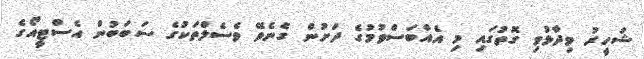
ޝަހީރު ވިދާޅުވި ގޮތުގައި މި އެއްބަސްވުމުގެ ދަށުން ގެނެވޭ ވެސެލްތަކުގެ ސަބަބުން އެސްޓީއޯގެ